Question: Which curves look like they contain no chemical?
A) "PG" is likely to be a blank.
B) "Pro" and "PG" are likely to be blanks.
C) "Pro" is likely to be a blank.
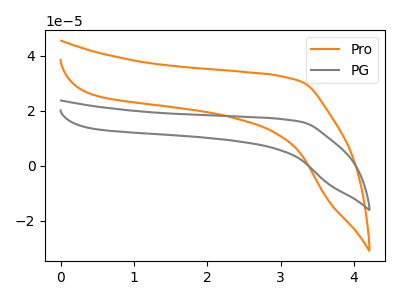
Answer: <think>The orange curve "Pro" has no peaks. The gray curve "PG" has no peaks.</think>
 <answer>B) "Pro" and "PG" are likely to be blanks.</answer>
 <eval>B</eval>